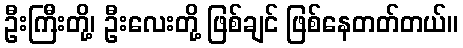
ဦးကြီးတို့၊ ဦးလေးတို့ ဖြစ်ချင် ဖြစ်နေတတ်တယ်။